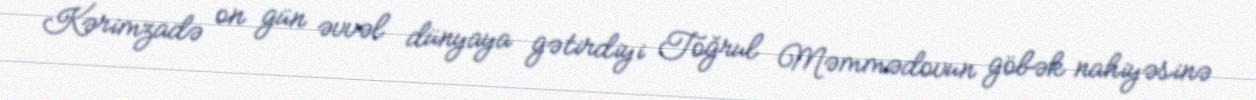
Kərimzadə on gün əvvəl dünyaya gətirdiyi Toğrul Məmmədovun göbək nahiyəsinə